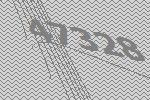
47328